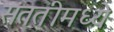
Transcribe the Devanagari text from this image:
संततीमध्ये